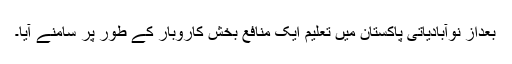
بعداز نوآبادیاتی پاکستان میں تعلیم ایک منافع بخش کاروبار کے طور پر سامنے آیا۔